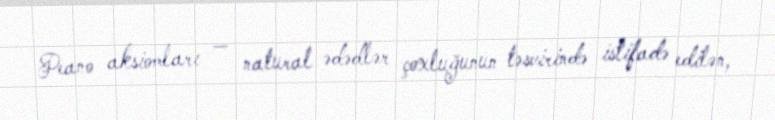
Peano aksiomları — natural ədədlər çoxluğunun təsvirində istifadə edilən,